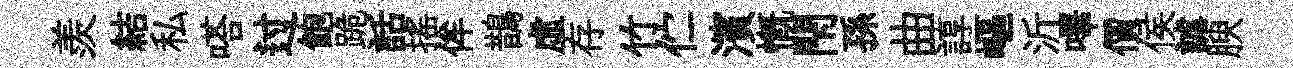
羨結私嗒过飽跪話摇侔鵲虚存竹伫濱慨閇孫曲諄嶇沂嗶價侯謔腴